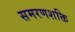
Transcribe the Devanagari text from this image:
समरणशक्ति